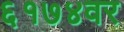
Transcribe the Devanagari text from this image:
६१७४वर